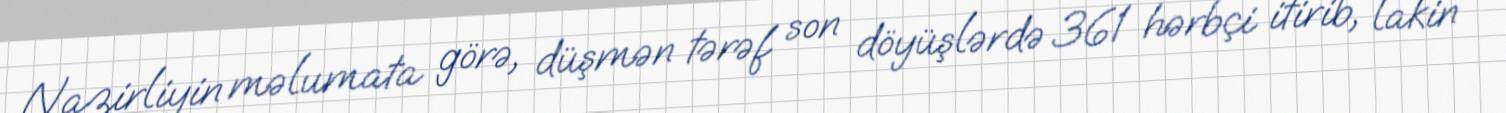
Nazirliyin məlumata görə, düşmən tərəf son döyüşlərdə 361 hərbçi itirib, lakin